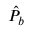
\hat { P } _ { b }